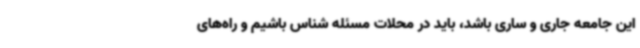
این جامعه جاری و ساری باشد، باید در محلات مسئله شناس باشیم و راه‌های